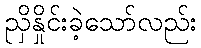
ညှိနှိုင်းခဲ့သော်လည်း